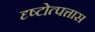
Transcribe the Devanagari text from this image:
दृष्टोत्पत्तास